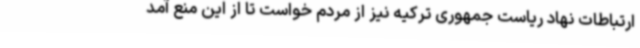
ارتباطات نهاد ریاست جمهوری ترکیه نیز از مردم خواست تا از این منع آمد